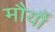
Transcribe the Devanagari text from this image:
मौर्यौं